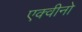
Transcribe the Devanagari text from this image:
एक्वीनो